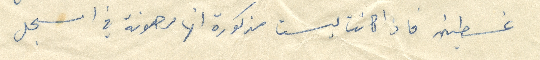
غسطين فاذا كانت ليست مذكورة انها مرهونة في السجل